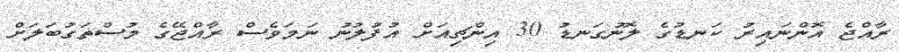
ރާއްޖެ އޮންނައިރު ކަނޑުގެ ލޮނުގަނޑު 30 އިންޗިއަަށް އުފުލުނު ނަމަވެސް ރާއްޖޭގެ މުސްތަގުބަލަށް